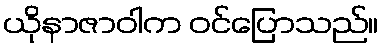
ယိုနာဇာဝါက ဝင်ပြောသည်။